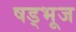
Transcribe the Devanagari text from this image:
षड्भूज